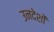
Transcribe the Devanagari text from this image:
उनदेशों